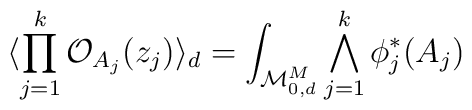
\langle \prod_{j=1}^{k}{\cal O}_{A_{j}}(z_{j})\rangle_{d}=\int_{ {\cal M}_{0,d}^{M}}\bigwedge_{j=1}^{k}\phi_{j}^{*}(A_{j})